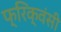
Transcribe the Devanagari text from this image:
फ्रिक्वंसी